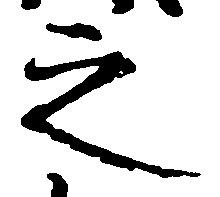
之